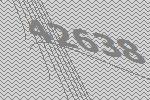
42638